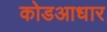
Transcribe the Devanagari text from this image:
कोडआधार